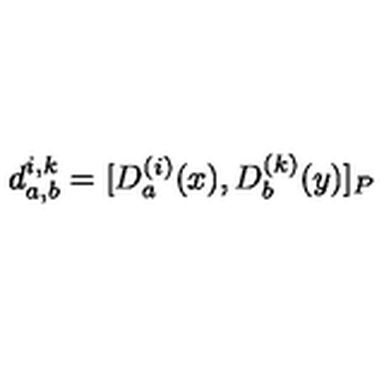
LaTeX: d _ { a , b } ^ { i , k } = [ D _ { a } ^ { ( i ) } ( x ) , D _ { b } ^ { ( k ) } ( y ) ] _ { P }